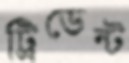
ট্রিডেন্ট